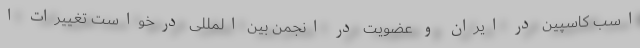
اسب کاسپین در ایران و عضویت در انجمن بین المللی درخواست تغییرات ا